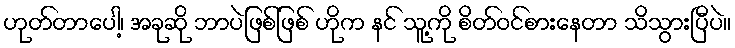
ဟုတ်တာပေါ့၊ အခုဆို ဘာပဲဖြစ်ဖြစ် ဟိုက နင် သူ့ကို စိတ်ဝင်စားနေတာ သိသွားပြီပဲ။